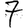
Digit: 7